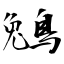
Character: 鵵